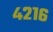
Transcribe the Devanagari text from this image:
४२१६